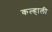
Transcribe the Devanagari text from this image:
कल्हाली